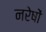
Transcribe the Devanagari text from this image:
नरेषों